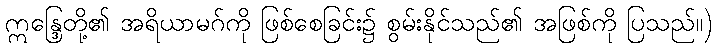
ဣန္ဒြေတို့၏ အရိယာမဂ်ကို ဖြစ်စေခြင်း၌ စွမ်းနိုင်သည်၏ အဖြစ်ကို ပြသည်။)